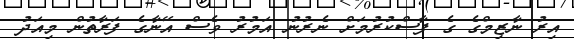
އިރު ނާޒިމްގެ ގެ ފާސްކުރުމަށް ނެރުނު އަމުރު ވެސް އޭނާގެ ފަރާތުން މިއަދު